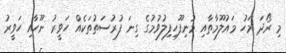
މި ރޯދަ މަހު މައުލޫމާތާއި މުނިފޫހިފިލުވުމުގެ ގިނަ ފުރުސަތުތަކެއް ހަވީރު ނޫހާއި ހަވީރު